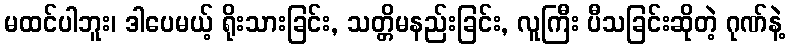
မထင်ပါဘူး၊ ဒါပေမယ့် ရိုးသားခြင်း, သတ္တိမနည်းခြင်း, လူကြီး ပီသခြင်းဆိုတဲ့ ဂုဏ်နဲ့